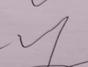
Signature authenticity: forged